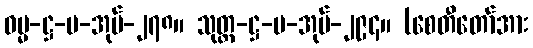
ဓမ္မ-ဋ္ဌ-ပ-အုပ်-၂၇၈။ သုတ္တ-ဋ္ဌ-ပ-အုပ်-၂၉၄။ (စေတီတော်အား